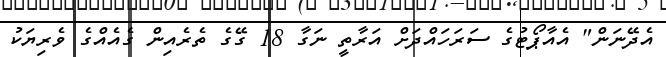
އެދޭނަން" އެއާޕޯޓުގެ ސަރަހައްދަށް އަރާތީ ނަގާ 18 ގޭގެ ތެރެއިން ގެއެއްގެ ވެރިޔަކު